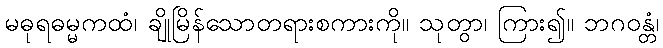
မဓုရဓမ္မကထံ၊ ချိုမြိန်သောတရားစကားကို။ သုတွာ၊ ကြား၍။ ဘဂဝန္တံ၊